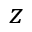
z